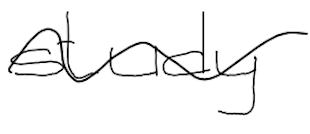
Text: study
Cross-out: wave
Writing tool: digital_black